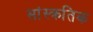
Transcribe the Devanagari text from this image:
सांस्क्रतिक